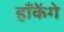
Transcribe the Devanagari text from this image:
हाँकेंगे